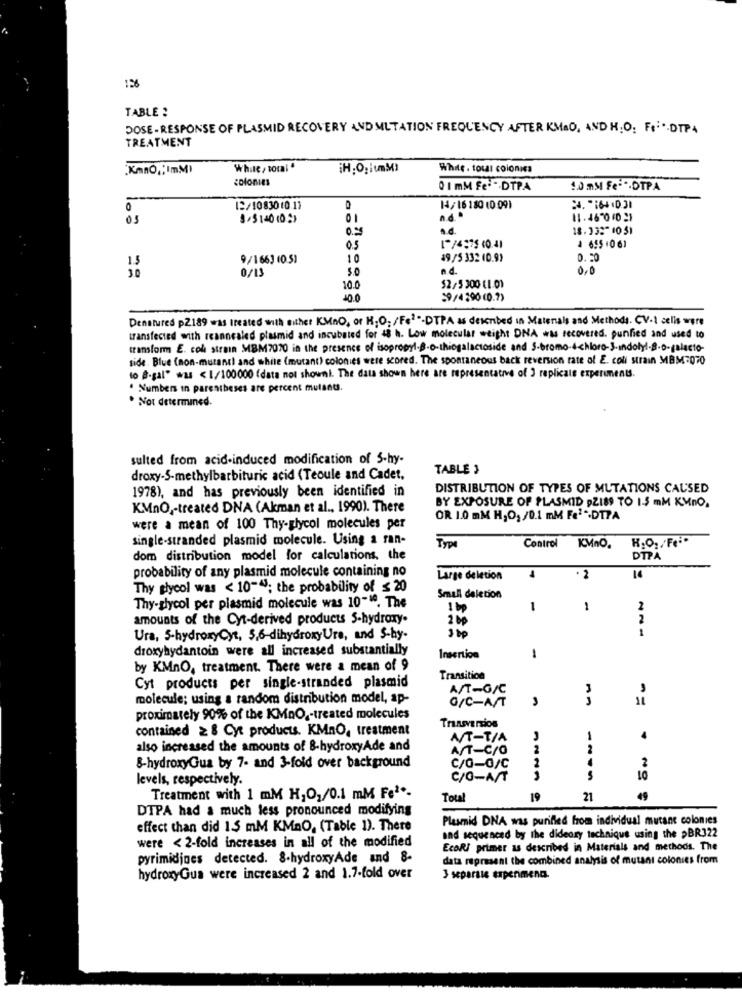
126
TABLE ?
DOSE-RESPONSE OF PLASMID RECOVERY AND MUTATION FREQUENCY AFTER KMAO, AND H;O. FR: * DTPA
TREATMENT
„KmnO ,; ImM)
White , total "
White. tous colonics
colonies
0 1 mM Fe- -- DTPA
1.0 mM Fe- OTPA
0
12/10830(0.11
14/16 180 10 091
3,5140 (02)
01
n.d ..
11.46-0 .0 21
0.25
a.d.
18.33:"1051
0.5
4 655 1061
15
9/1663 (0.51
10
49/5 332 (0.9)
20
0/13
5.0
nd.
0.0
10.0
$2/5 300 (1.0)
40.0
59/4290(0.7)
Denatures p2189 was treated with either KMnO, or H;O; /Fel"-DTPA as described in Matenals and Methods. CV-1 celis were
transfected with reannealed plasmid and incubated for 48 h. Low molecular weight DNA was recovered. punfied and used to
transform E. coli strain MBM7070 in the presence of isopropyl.B.o-thiogalactoside and S-bromo-4-chloro-3-indotyl-B.o-palacio-
side. Blue (non-mutanti and white (mutant) colonies were scored. The spontaneous back reversion rate of E. coli strain MBM=070
to #-gal" was < 1/100000 (data not showni. The data shown here are representative of ] replicale experiments
. Numbers in parentheses are percent mutants.
. Not determined.
sulted from acid-induced modification of 5-hy-
TABLE 3
droxy-S-methylbarbituric acid (Teoule and Cadet,
1978), and has previously been identified in
DISTRIBUTION OF TYPES OF MUTATIONS CAUSED
KMno ,- treated DNA (Akman et al ., 1990). There
BY EXPOSURE OF PLASMID DZI89 TO 1-5 mM KMNO.
OR 1.0 mM H,O, /0.1 mM Fe1 .. DTPA
were a mean of 100 Thy-glycol molecules per
single-stranded plasmid molecule. Using a ran-
K.O. /Fe ..
Type
Control
KMno.
dom distribution model for calculations, the
DTPA
· 2
probability of any plasmid molecule containing no
Large deletion
14
Thy glycol was < 10-41; the probability of ≤ 20
Small deletion
Thy-glycol per plasmid molecule was 10-19. The
1
1
1
2
amounts of the Cyt-derived products S-hydroxy-
2 0
2
1
Ura, 5-hydroxyCyt, 5,6-dihydroxyUre, and S-hy-
droxyhydantoin were all increased substantially
1
by KMnO, treatment. There were a mean of 9
Cyt products per single-stranded plasmid
Transition
A/T-G/C
molecule; using a random distribution model, ap-
G/C-A/T
proximately 90% of the KMnO ,- treated molecules
contained ≥ & Cyt products. KMnO, treatment
Transversios
AT-T/A
1
also increased the amounts of B-hydroxyAde and
AST-C/O
2
2
2
&-hydroxyGua by 7- and 3-fold over background
C/O-0/C
2
levels, respectively.
C/O-AST
10
Treatment with 1 mM H,O,/0.1 mM Fe **-
Total
19
21
49
DTPA had a much less pronounced modifying
Plasmid DNA was purified from individual mutant colonies
effect than did 1.5 mM KMnO, (Table 1). There
and sequenced by the dideary technique using the >BR322
were < 2-fold increases in all of the modified
EcoRy primer as described in Materials and methods. The
pyrimidjnes detected. 8-hydroxyAde and 8-
data represent the combined analysis of mutani colonies from
hydroxyGua were increased 2 and 1.7-fold over
3 separate experimena.